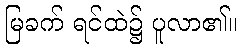
မြခက် ရင်ထဲ၌ ပူလာ၏။